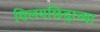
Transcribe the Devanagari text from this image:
विलयछिद्राच्या